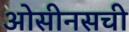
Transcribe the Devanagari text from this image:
ओसीनसची